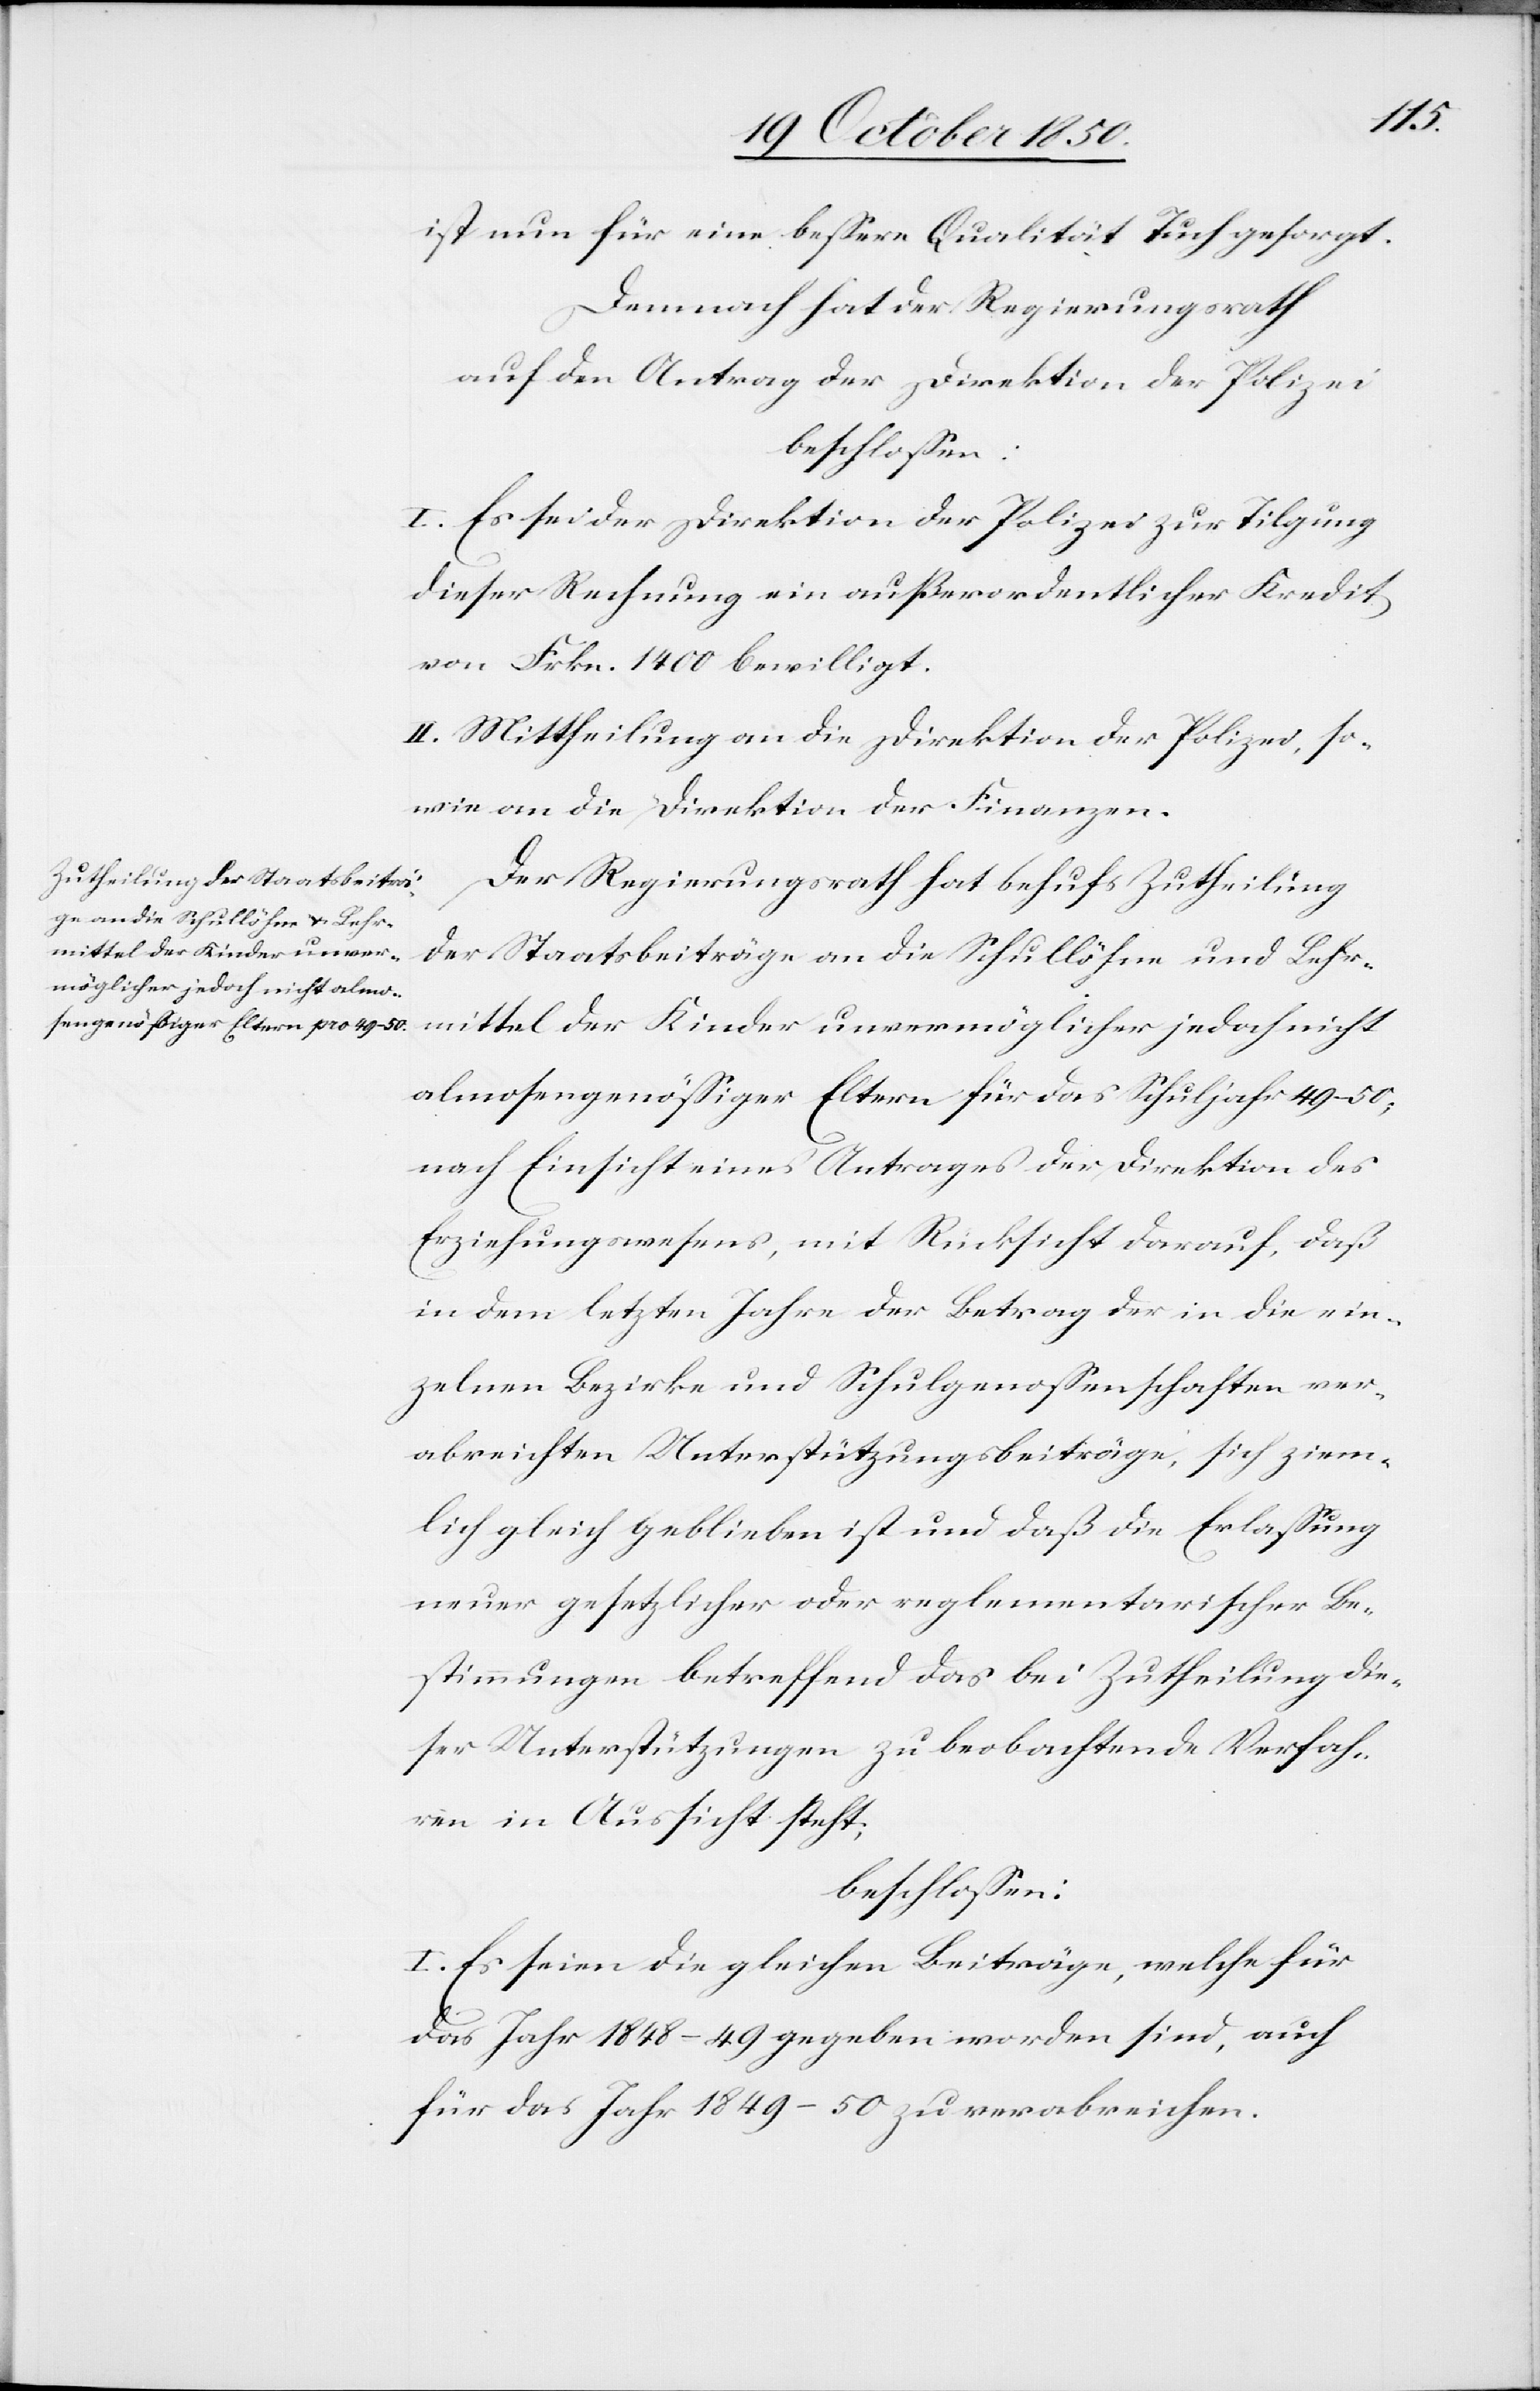
ist nun für eine bessere Qualität Tuch gesorgt.
Demnach hat der Regierungsrath
auf den Antrag der Direktion der Polizei
beschlossen.
I. Es sei der Direktion der Polizei zur Tilgung
dieser Rechnung ein außerordentlicher Kredit
von Frkn. 1400 bewilligt.
II. Mittheilung an die Direktion der Polizei, so¬
wie an die Direktion der Finanzen.
Der Regierungsrath hat behufs Zutheilung
der Staatsbeiträge an die Schullöhne und Lehr¬
mittel der Kinder unvermöglicher jedoch nicht
almosengenössiger Eltern für das Schuljahr 49–50;
nach Einsicht eines Antrages der Direktion des
Erziehungswesens, mit Rücksicht darauf, daß
in dem letzten Jahre der Betrag der in die ein¬
zelnen Bezirke und Schulgenossenschaften ver¬
abreichten Unterstützungsbeiträge, sich ziem¬
lich gleich geblieben ist und daß die Erlassung
neuer gesetzlicher oder reglementarischer Be¬
stimmungen betreffend das bei Zutheilung die¬
ser Unterstützungen zu beobachtende Verfah¬
ren in Aussicht steht;
beschlossen:
I. Es seien die gleichen Beiträge, welche für
das Jahr 1848–49 gegeben worden sind, auch
für das Jahr 1849–50 zu verabreichen.